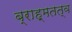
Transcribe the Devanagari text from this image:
ब्राह्मतत्व